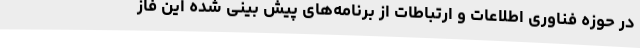
در حوزه فناوری اطلاعات و ارتباطات از برنامه‌های پیش بینی شده این فاز